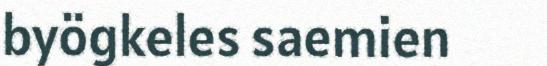
byögkeles saemien